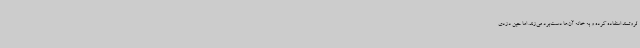
ثروتمند استفاده کرده و به خانه آن‌ها دست‌برد می‌زند. اما حین دزدی